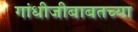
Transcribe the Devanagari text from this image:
गांधीजीबाबतच्या